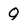
Character: q